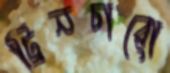
ট্রিনচারো